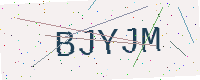
Text: BJYJM